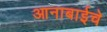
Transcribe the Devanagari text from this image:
आनाबाईचे